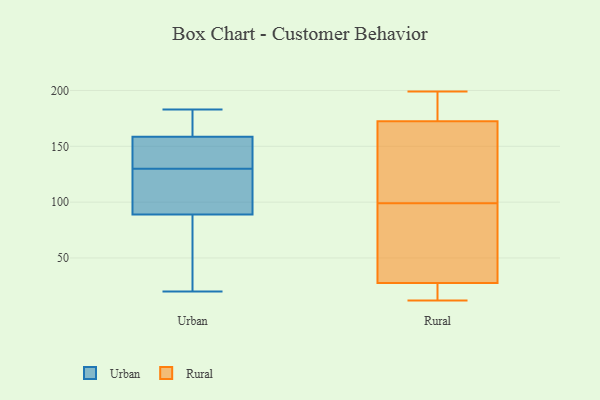
{"axis": {"x": "Waste Production (Tons)", "y": "Value"}, "legend": ["Rural", "Urban"], "data": [{"x": "", "y": 20, "type": "Urban"}, {"x": "", "y": 159, "type": "Urban"}, {"x": "", "y": 101, "type": "Urban"}, {"x": "", "y": 120, "type": "Urban"}, {"x": "", "y": 105, "type": "Urban"}, {"x": "", "y": 183, "type": "Urban"}, {"x": "", "y": 140, "type": "Urban"}, {"x": "", "y": 158, "type": "Urban"}, {"x": "", "y": 77, "type": "Urban"}, {"x": "", "y": 75, "type": "Urban"}, {"x": "", "y": 159, "type": "Urban"}, {"x": "", "y": 151, "type": "Urban"}, {"x": "", "y": 37, "type": "Rural"}, {"x": "", "y": 184, "type": "Rural"}, {"x": "", "y": 16, "type": "Rural"}, {"x": "", "y": 195, "type": "Rural"}, {"x": "", "y": 97, "type": "Rural"}, {"x": "", "y": 105, "type": "Rural"}, {"x": "", "y": 101, "type": "Rural"}, {"x": "", "y": 161, "type": "Rural"}, {"x": "", "y": 18, "type": "Rural"}, {"x": "", "y": 53, "type": "Rural"}, {"x": "", "y": 12, "type": "Rural"}, {"x": "", "y": 199, "type": "Rural"}]}